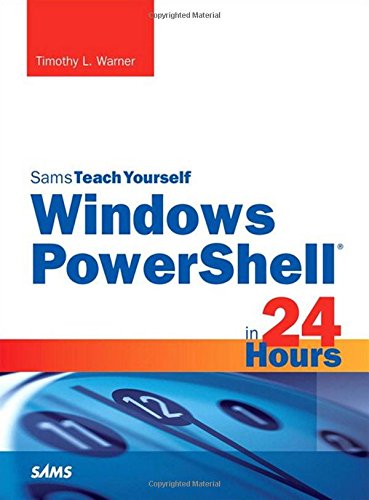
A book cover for Windows PowerShell in 24 Hours, Sams Teach Yourself; Timothy L. Warner; Computers & Technology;